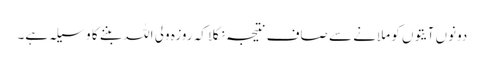
دونوں آیتوں کو ملانے سے صاف نتیجہ نکلا کہ روزہ ولی اللہ بننے کا وسیلہ ہے۔